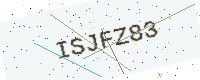
Text: ISJFZ83